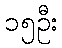
၁၅ဦး